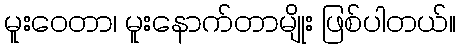
မူးဝေတာ၊ မူးနောက်တာမျိုး ဖြစ်ပါတယ်။